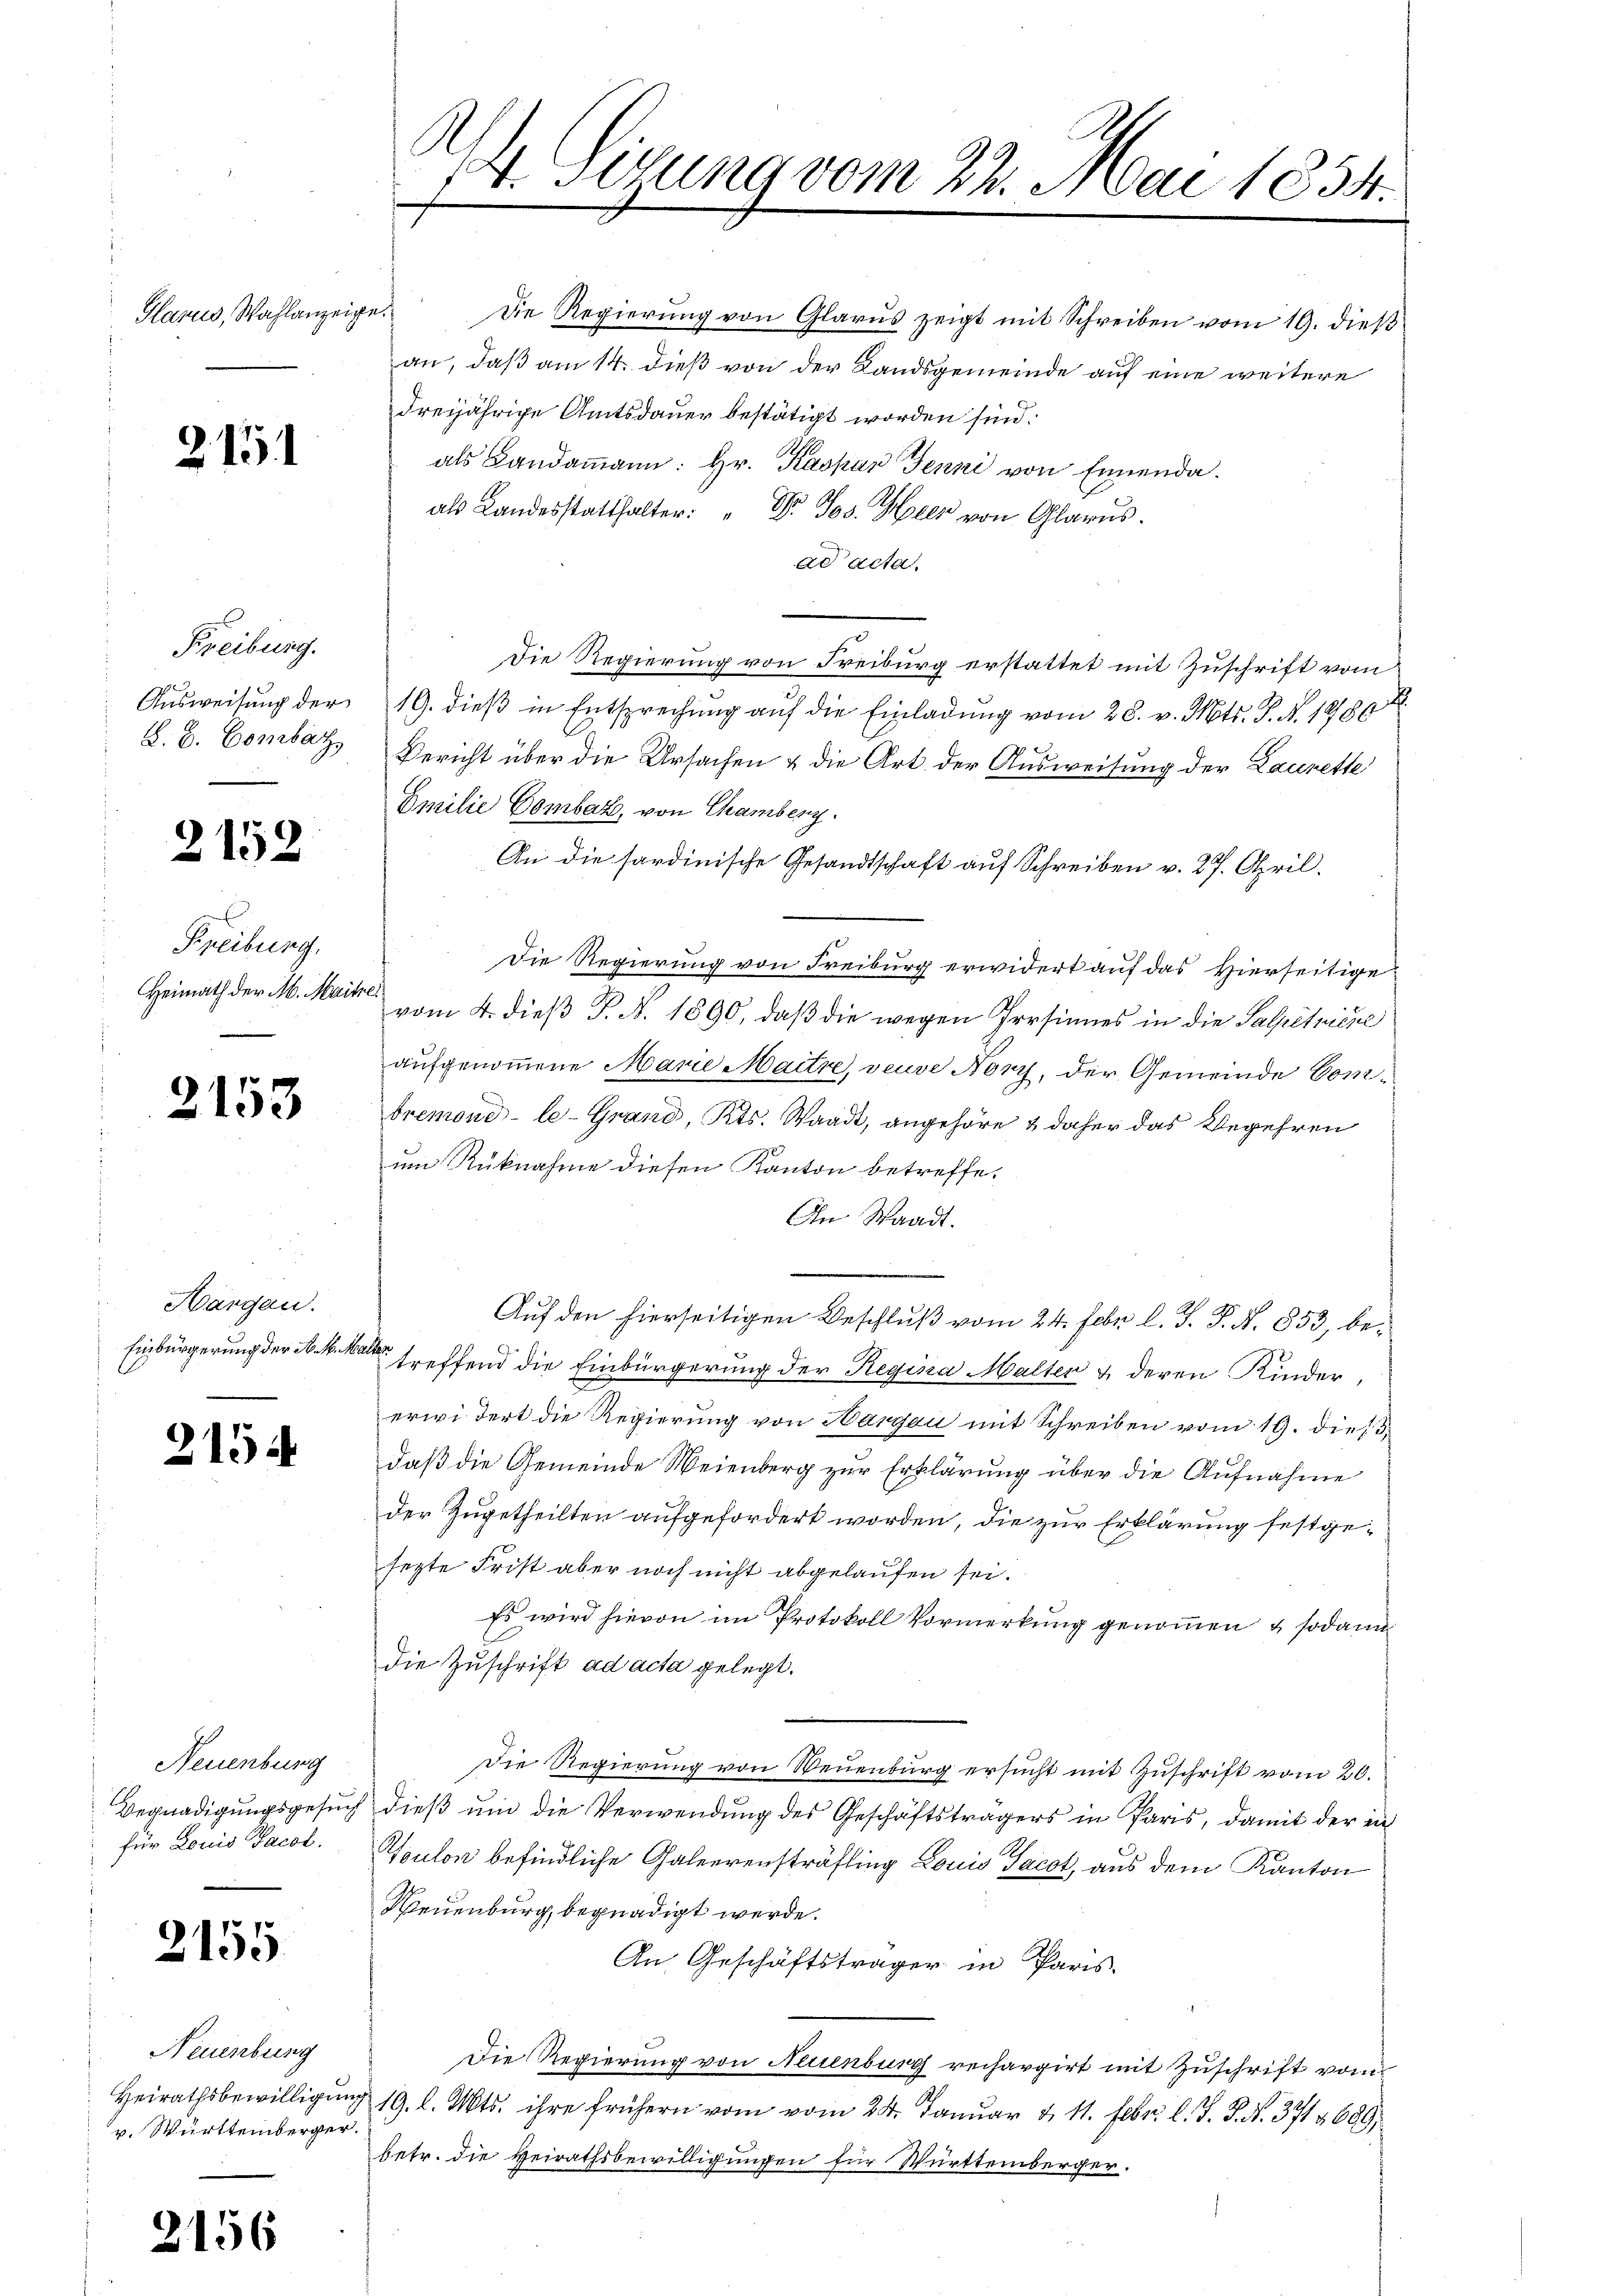
Glarus, Wahlanzeige.

2151

Freiburg.
Ausweisung der
L. B. Combar

2152

Freiburg,
Heimath der M. Maitre

2153

Hargau.
Einbürgerung der N. k. k.

2154

Neuenburg
für Louis Facol.

2155

Neuenburg
Heirathsbewilligun
v. Württemberger

2

156

4. Sizung vom 22. Mai 1834.

Die Regierung von Glarus zeigt mit Schreiben vom 19. dieß
an, daß am 14. dieß von der Landsgemeinde auf eine weitere
dreijährige Amtsdauer bestätigt worden sind.
als Landammann: Hr. Kaspar Jenni von Ennenda
als Landesstatthalter: " Dr. Jos. Heer von Glarus.
ad acta
Die Regierung von Freiburg erstattet mit Zuschrift vom
19. dieß in Entsprechung auf die Einladung vom 28. v. Mts. S. N. 1880
Bericht über die Ursachen & die Art. der Ausweisung der Laurette
Emilie Bombar, von Chamberg.
An die sardinische Gesandtschaft auf Schreiben v. 27. April.
Die Regierung von Freiburg erwidert auf das Hierseitige
vom 4. dieß P. N. 1890, daß die wegen Persinnes in die Salpetiche
aufgenommene Marie Maitre, veuve Nory, der Gemeinde Combremond-le-Grand, Kts. Waadt, angehöre & daher das Begehren
um Rüknahme diesen Kanton betreffe.
In Waadt.
Auf den hierseitigen Beschluß vom 24. Febr. l. J. J. N. 853, be¬
E
a
treffend die Einbürgerung der Regina Malter & deren Kinder
erwidert die Regierung von Hargau mit Schreiben vom 19. dieß,
daß die Gemeinde Weienberg zur Erklärung über die Aufnahme
der Zugetheilten aufgefordert worden, die zur Erklärung festgesezte Frist aber noch nicht abgelaufen sei.
Es wird hievon im Protokoll Vormerkŭng genoṁen & sodann
die Zuschrift ad acta gelegt.
Die Regierung von Neuenburg ersucht mit Zuschrift vom 20.
Begnadigŭngsgesŭch dieβ ŭm die Verwendŭng des Geschäftsträgers in Paris, damit der in
Toulon befindliche Galeerensträfling Louis Jacot, aus dem Kanton
Weuenburg, begnadigt werde.
An Geschäftsträger in Paris.
Die Regierung von Neuenburg rechargirt mit Zuschrift vom
& 19. l. Mts. ihre frühern vom vom 24. Januar d. 11. Febr. l. J. J. N. 371 § 689,
betr. die Heirathsbewilligungen für Württemberger.